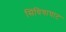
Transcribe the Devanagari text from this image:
सिंधियाघाट